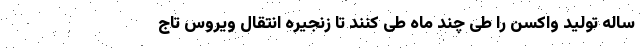
ساله تولید واکسن را طی چند ماه طی کنند تا زنجیره انتقال ویروس تاج